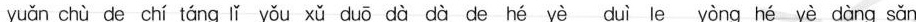
yuǎn chù de chí táng lǐ yǒu xǔ duō dà dà de hé yè duì le yòng hé yè dàng sǎn